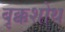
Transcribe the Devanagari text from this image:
बृक्कशोथ